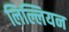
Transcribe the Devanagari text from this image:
लिल्लियन